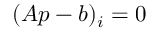
( { \boldsymbol { A } } { \boldsymbol { p } } - { \boldsymbol { b } } ) _ { i } = 0